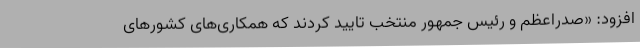
افزود: «صدراعظم و رئیس جمهور منتخب تایید کردند که همکاری‌های کشورهای